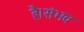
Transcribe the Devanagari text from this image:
है।संभव